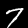
Digit: 7